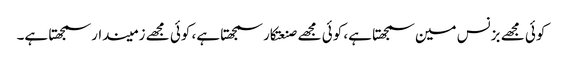
کوئی مجھے بزنس مین سمجھتا ہے، کوئی مجھے صنعتکار سمجھتا ہے، کوئی مجھے زمیندار سمجھتا ہے۔